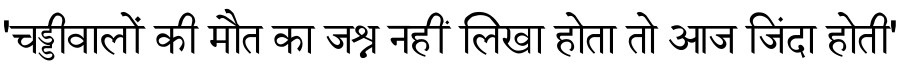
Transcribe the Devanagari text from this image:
'चड्डीवालों की मौत का जश्न नहीं लिखा होता तो आज जिंदा होती'